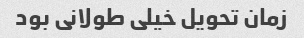
زمان تحویل خیلی طولانی بود